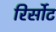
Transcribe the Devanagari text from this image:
रिर्सोट